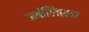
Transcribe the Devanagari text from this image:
अबॉलिशन